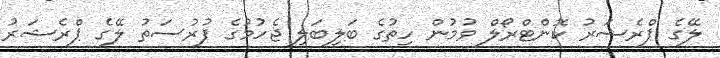
ލޭގެ ޕްރެޝަރު ކޮންޓްރޯލް ވުމުން ހިތުގެ ބަލިބަލި ޖެހުމުގެ ފުރުސަތު ލޭގެ ޕްރެޝަރު